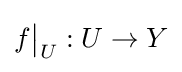
f{\big \vert }_{U}:U\to Y